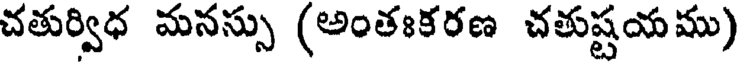
చతుర్విధ మనస్సు (అంతఃకరణ చతుష్టయము)